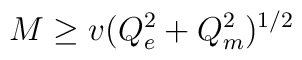
M \ge v (Q_e^2+Q_m^2)^{1/2}